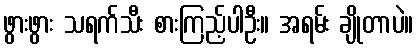
ဖွားဖွား သရက်သီး စားကြည့်ပါဦး။ အရမ်း ချိုတာပဲ။